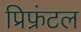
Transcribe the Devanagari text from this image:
प्रिफ्रंटल